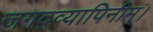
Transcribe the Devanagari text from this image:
जगद्व्यापिनीम्।